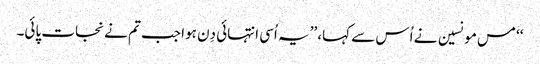
‘‘ مس مونسین نے اُس سے کہا، ’’یہ اُسی انتہائی دِن ہوا جب تم نے نجات پائی۔